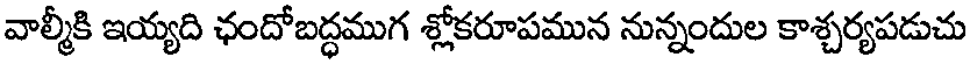
వాల్మీకి ఇయ్యది ఛందోబద్ధముగ శ్లోకరూపమున నున్నందుల కాశ్చర్యపడుచు